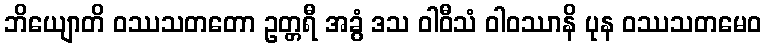
ဘိယျောတိ ဝဿသတတော ဥတ္တရီ အခွံ ဒသ ဝါဝီသံ ဝါဝဿာနိ ပုန ဝဿသတမေဝ